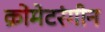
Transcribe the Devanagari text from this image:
क्रोमेटरंगीन